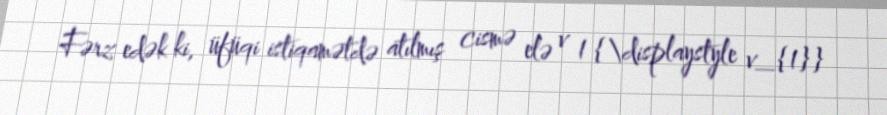
Fərz edək ki, üfüqi istiqamətdə atılmış cismə elə v 1 {\displaystyle v_{1}}